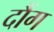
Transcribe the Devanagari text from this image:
दौंग